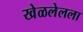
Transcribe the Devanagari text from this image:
खेळलेलला